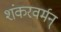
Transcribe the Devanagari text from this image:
शंकरवर्मन्